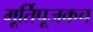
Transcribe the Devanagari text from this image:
मूर्तिपूजकच